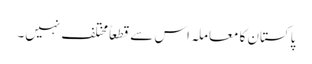
پاکستان کا معاملہ اس سے قطعاً مختلف نہیں۔